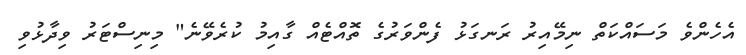
އެހެންވެ މަސައްކަތް ނިމޭއިރު ރަނގަޅު ފެންވަރުގެ ތޮއްޓެއް ގާއިމު ކުރެވޭނެ" މިނިސްޓަރު ވިދާޅުވި